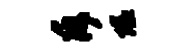
斥隘